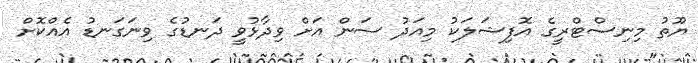
ޔޫތު މިނިސްޓްރީގެ އޮފިޝަލަކު މިއަދު ސަން އަށް ވިދާޅުވީ ދަނޑުގެ ވިނަގަނޑު އެއްކޮށް